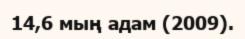
14,6 мың адам (2009).